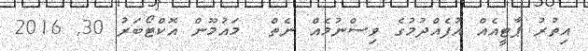
އިތުރު ޕާޓީއެއް އުފެއްދުމުގެ ވިސްނުމެއް ނެތް  މައުމޫން އޮކްޓޯބަރު 30